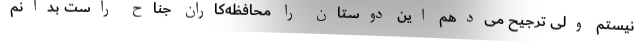
نیستم ولی ترجیح می‌دهم این دوستان را محافظه‌کاران جناح راست بدانم